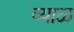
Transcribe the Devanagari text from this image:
व्याळ